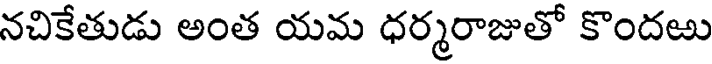
నచికేతుడు అంత యమ ధర్మరాజుతో కొందఱు